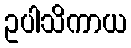
ဥပါသိကာယ